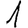
Digit: 1